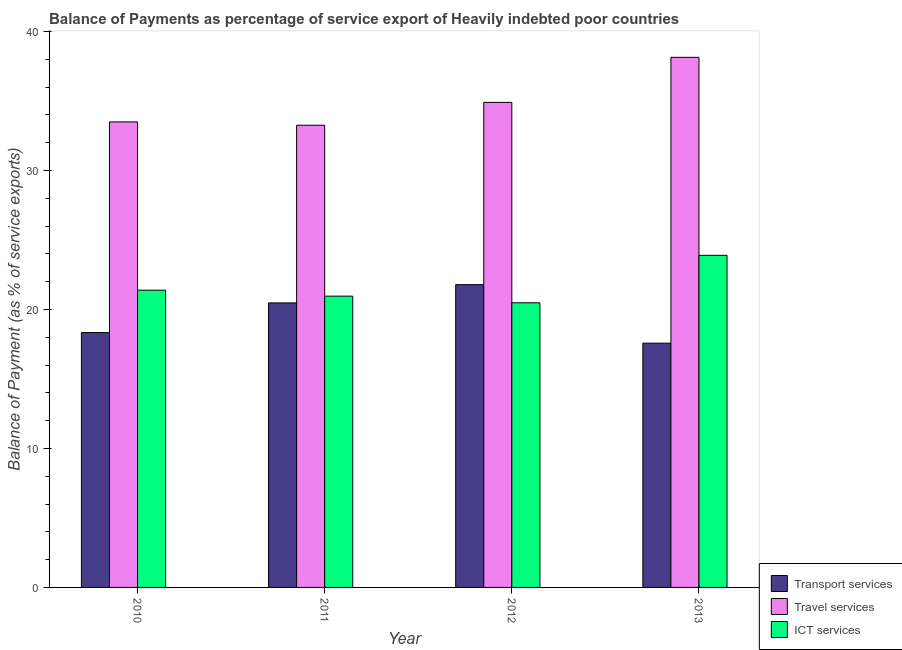
| Year | Transport services | Travel services | ICT services |
 | --- | --- | --- | --- |
 | 2010 | 18.3 | 33.5 | 21.4 |
 | 2011 | 20.5 | 33.3 | 21 |
 | 2012 | 21.8 | 34.9 | 20.5 |
 | 2013 | 17.6 | 38.1 | 23.9 |